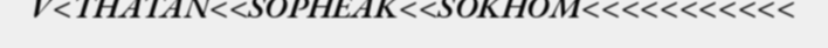
V<THATAN<<SOPHEAK<<SOKHOM<<<<<<<<<<<